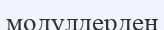
модулдерден